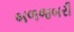
બળજબરી